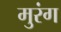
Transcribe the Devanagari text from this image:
मुरंग